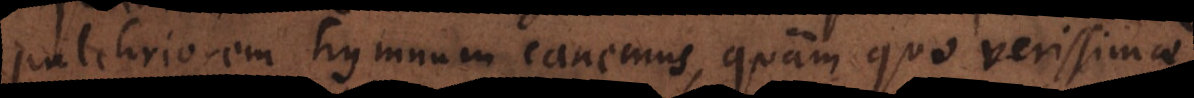
pulchriorem hymnum canemus, quam quo verissimae